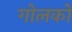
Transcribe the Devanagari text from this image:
गोलकों